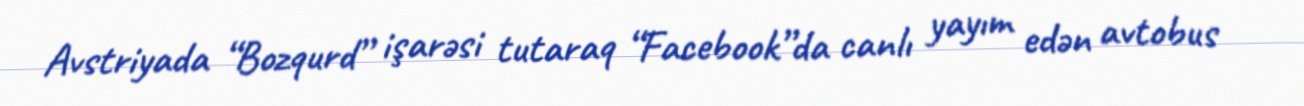
Avstriyada “Bozqurd” işarəsi tutaraq “Facebook”da canlı yayım edən avtobus